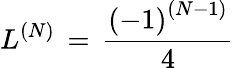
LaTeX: L^{\left(N\right)}\, =\, \frac{\left(-1\right)^{\left(N-1\right)}}{4}